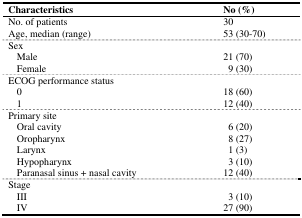
<table><thead><tr><td><b>Characteristics</b></td><td><b>No (%)</b></td></tr></thead><tbody><tr><td>No. of patients</td><td>30</td></tr><tr><td>Age, median (range)</td><td>53 (30-70)</td></tr><tr><td>Sex</td><td></td></tr><tr><td>Male</td><td>21 (70)</td></tr><tr><td>Female</td><td>9 (30)</td></tr><tr><td>ECOG performance status</td><td></td></tr><tr><td>0</td><td>18 (60)</td></tr><tr><td>1</td><td>12 (40)</td></tr><tr><td>Primary site</td><td></td></tr><tr><td>Oral cavity</td><td>6 (20)</td></tr><tr><td>Oropharynx</td><td>8 (27)</td></tr><tr><td>Larynx</td><td>1 (3)</td></tr><tr><td>Hypopharynx</td><td>3 (10)</td></tr><tr><td>Paranasal sinus + nasal cavity</td><td>12 (40)</td></tr><tr><td>Stage</td><td></td></tr><tr><td>III</td><td>3 (10)</td></tr><tr><td>IV</td><td>27 (90)</td></tr></tbody></table>